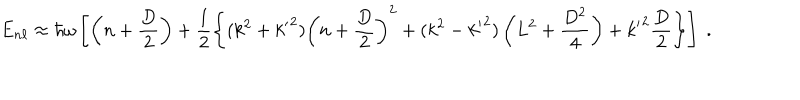
E _ { n \ell } \approx \hbar \omega \left[ \left( n + \frac { D } { 2 } \right) + \frac { 1 } { 2 } \left\{ ( k ^ { 2 } + { k ^ { \prime } } ^ { 2 } ) \left( n + \frac { D } { 2 } \right) ^ { 2 } + ( k ^ { 2 } - { k ^ { \prime } } ^ { 2 } ) \left( L ^ { 2 } + \frac { D ^ { 2 } } { 4 } \right) + { k ^ { \prime } } ^ { 2 } \frac { D } { 2 } \right\} \right] \; .